Indian journal of veterinary science and animal husbandry - Volume 8,
Year: 1938
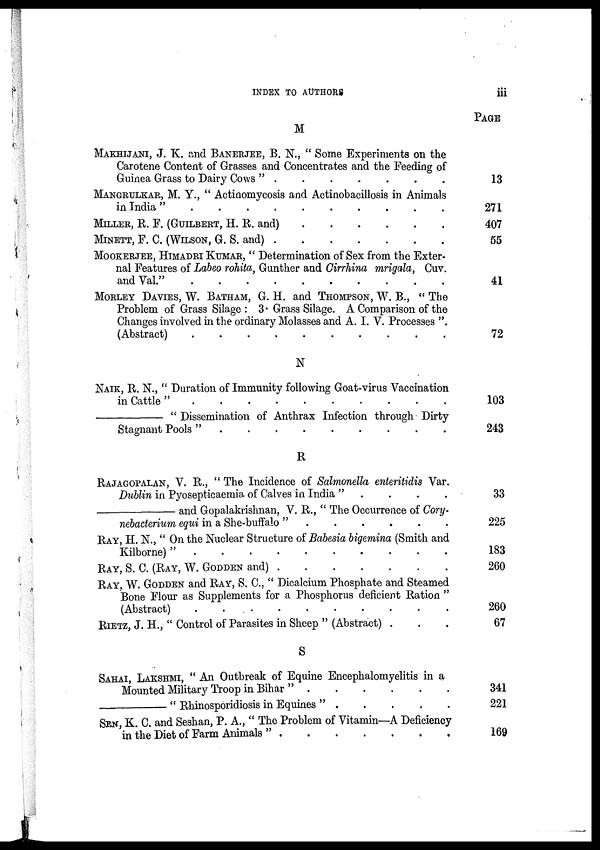
INDEX TO AUTHORS
iii
M
MAKHIJANI, J. K. and BANERJEE, B. N., " Some Experiments on the
Carotene Content of Grasses and Concentrates and the Feeding of
Guinea Grass to Dairy Cows "
.
.
.
.
.
.
.
MANGRULKAR, M. Y., " Actinomycosis and Actinobacillosis in Animals
in India" . . . . . . . . .
MILLER, R. F. (GUILBERT, H. R. and) . . . . . .
MINETT, F. C. (WILSON, G. S. and) . . . . . . . .
MOOKERJEE, HIMADRI KUMAR, " Determination of Sex from the Exter-
nal Features of Labeo rohita, Gunther and Cirrhina mrigala, Cuv.
and Val." . . . . . . . . .
MORLEY DAVIES, W. BATHAM, G. H. and THOMPSON, W. B., " The
Problem of Grass Silage : 3. Grass Silage. A Comparison of the
Changes involved in the ordinary Molasses and A. I. V. Processes ".
(Abstracts) . . . . . . . . .
N
NAIK, R. N., " Duration of Immunity following Goat-virus Vaccination
in Cattle " . . . . . . . . .
— " Dissemination of Anthrax Infection through Dirty
Stagenant Pools " . . . . . . . . .
R
RAJAGOPALAN, V. R., " The Incidence of Salmonella enteritidis Var.
Dublin in Pyosepticaemia of Calves in India " . . . .
—and Gopalakrishnan, V. R., " The Occurrence of Cory-
nebacterium equi in a She-buffalo " . . . . . .
RAY, H. N., " On the Nuclear Structure of Babesia bigemina (Smith and
Kilborne)" . . . . . . . . . .
RAY, S. C. (RAY, W. GODDEN and)
.
.
.
.
.
.
.
RAY, W. GODDENAD and RAY, S. C, " Dicalcium Phosphate and Steamed
Bone Flour as Supplements for a Phosphorus deficient Ration "
(Abstract) . . . . . . . . . .
RIETZ, J. H., " Control of Parasites in Sheep " (Abstract) . . .
S
SAHAI, LAKSHMI, " An Outbreak of Equine Encephalomyelitis in a
Mounted Military Troop in Bihar " . . . . . .
—" Rhinosporidiosis in Equines "
.
.
.
.
.
SEN, K. C. and Seshan, P. A., " The Problem of Vitamin—A Deficiency
in the Diet of Farm Animals " . . . . . . .
PAGE
13
271
407
55
41
72
103
243
33
225
183
260
260
67
341
221
169